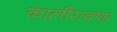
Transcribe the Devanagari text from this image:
कालीरावणा